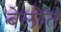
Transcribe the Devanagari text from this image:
बेलोत